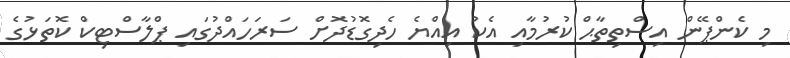
މި ކެންޕޭން އިސްތިތާޙް ކުރުމާއި އެކު އިއްޔެ ހެދިގޮޑުދޮށް ސަރަހައްދުގައި ޕްލާސްޓިކް ކޮތަޅުގެ